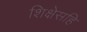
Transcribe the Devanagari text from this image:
शिक्षेसहि